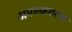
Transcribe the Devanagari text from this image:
अमरुकशतक